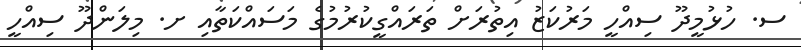
ސ. ހުޅުމީދޫ ސިއްހީ މަރުކަޒު އިތުރަށް ތަރައްގީކުރުމުގެ މަސައްކަތާއި ށ. މިލަންދޫ ސިއްހީ